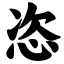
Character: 恣